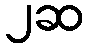
၂ဆ